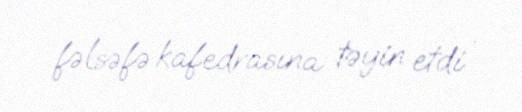
fəlsəfə kafedrasına təyin etdi .